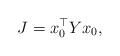
LaTeX: \begin{align*}J = x_0^{\top} Yx_0,\end{align*}